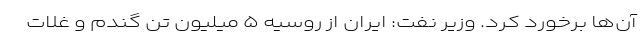
آن‌ها برخورد کرد. وزیر نفت: ایران از روسیه ۵ میلیون تن گندم و غلات